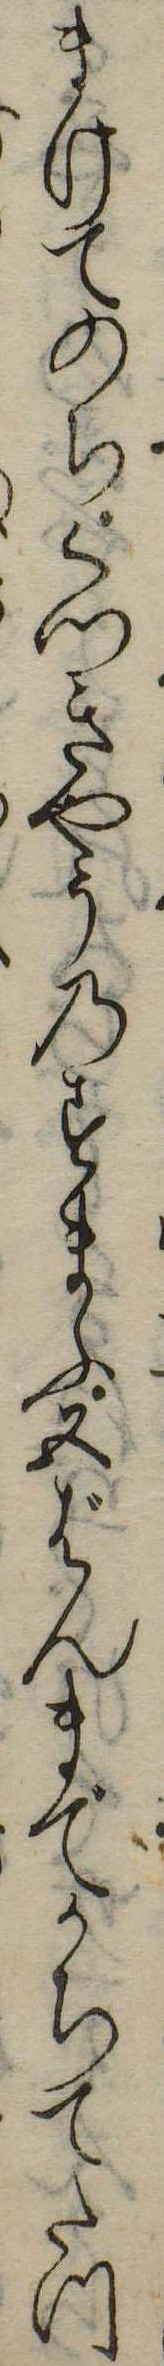
まけてのちくつきやうのすまふ五ばんまでかちてたつ